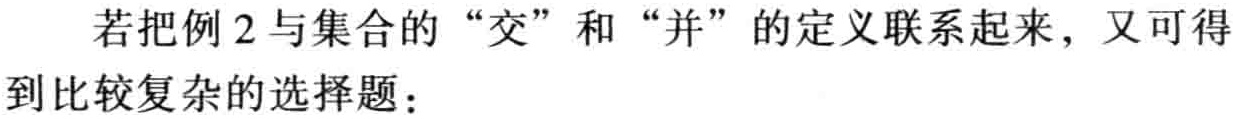
若把例 2 与集合的 “交” 和 “并” 的定义联系起来，又可得到比较复杂的选择题：